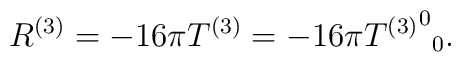
R^{(3)} = -16\pi  T^{(3)} = -16\pi  {{T^{(3)}}^0}_0.